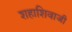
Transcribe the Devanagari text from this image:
शहाशिवाजी